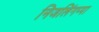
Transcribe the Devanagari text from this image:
निजलिंगप्पा